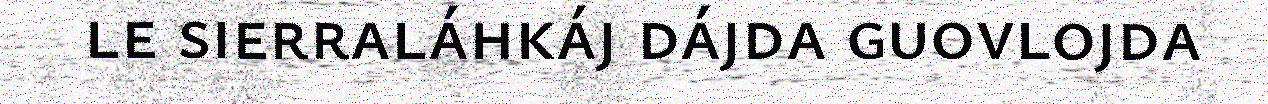
le sierraláhkáj dájda guovlojda